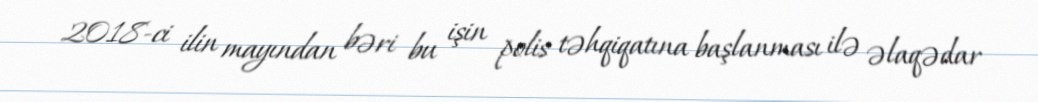
2018-ci ilin mayından bəri bu işin polis təhqiqatına başlanması ilə əlaqədar